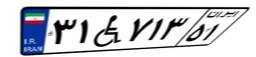
۳۱W۷۱۳۵۱